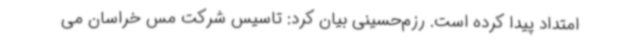
امتداد پیدا کرده است. رزم‌حسینی بیان کرد: تاسیس شرکت مس خراسان می